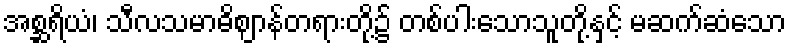
အစ္ဆရိယံ၊ သီလသမာဓိဈာန်တရားတို့၌ တစ်ပါးသောသူတို့နှင့် မဆက်ဆံသော